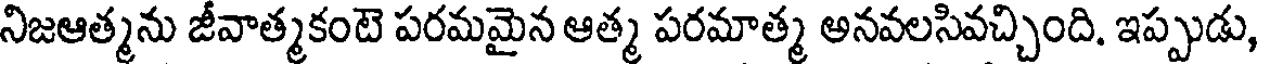
నిజఆత్మను జీవాత్మకంటె పరమమైన ఆత్మ పరమాత్మ అనవలసివచ్చింది. ఇప్పుడు,